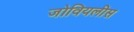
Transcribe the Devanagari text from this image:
जोवियलीस